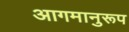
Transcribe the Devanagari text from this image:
आगमानुरूप